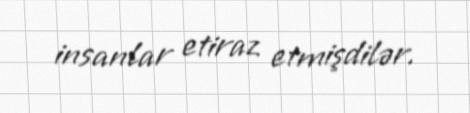
insanlar etiraz etmişdilər.